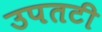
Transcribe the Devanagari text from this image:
उपतटी